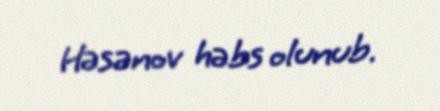
Həsənov həbs olunub.